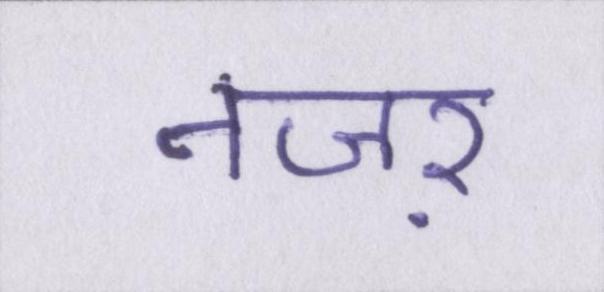
नजऱ